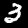
Digit: 3